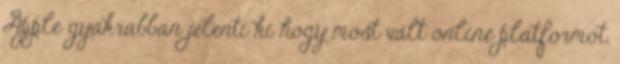
Apple gyakrabban jelenti ki hogy most vált online platformot,